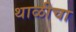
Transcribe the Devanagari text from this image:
थाळीचा